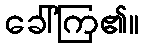
ခေါ်ကြ၏။